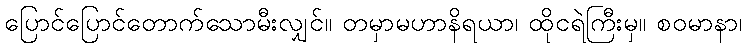
ပြောင်ပြောင်တောက်သောမီးလျှင်။ တမှာမဟာနိရယာ၊ ထိုငရဲကြီးမှ။ စဝမာနာ၊